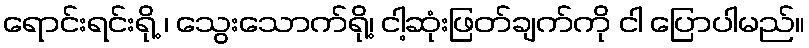
ရောင်းရင်းရို့ ၊ သွေးသောက်ရို့၊ ငါ့ဆုံးဖြတ်ချက်ကို ငါ ပြောပါမည်။